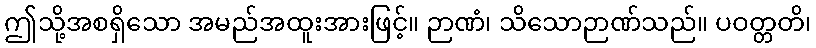
ဤသို့အစရှိသော အမည်အထူးအားဖြင့်။ ဉာဏံ၊ သိသောဉာဏ်သည်။ ပဝတ္တတိ၊